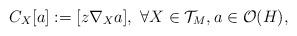
LaTeX: \begin{align*}C_X[a]:=[z\nabla_Xa],\ \forall X\in {\mathcal T}_M,a\in{\mathcal O} (H),\end{align*}